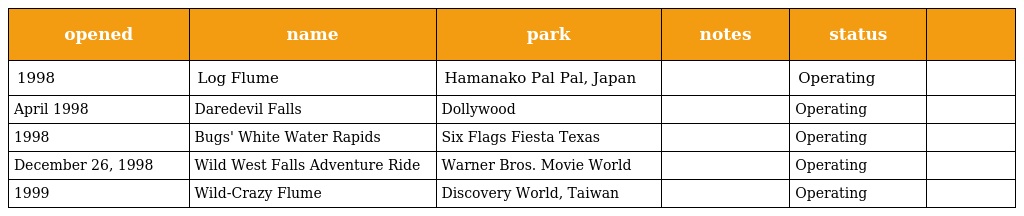
| opened | name | park | notes | status |  |
 | --- | --- | --- | --- | --- | --- |
 | 1998 | Log Flume | Hamanako Pal Pal, Japan |  | Operating |  |
 | April 1998 | Daredevil Falls | Dollywood |  | Operating |  |
 | 1998 | Bugs' White Water Rapids | Six Flags Fiesta Texas |  | Operating |  |
 | December 26, 1998 | Wild West Falls Adventure Ride | Warner Bros. Movie World |  | Operating |  |
 | 1999 | Wild-Crazy Flume | Discovery World, Taiwan |  | Operating |  |